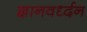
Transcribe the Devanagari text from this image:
ज्ञानवर्ध्दन